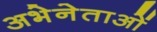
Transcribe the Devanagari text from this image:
अभेनेताओं